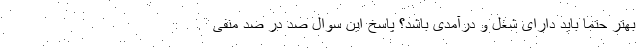
بهتر حتما باید دارای شغل و درآمدی باشد؟ پاسخ این سوال صد در صد منفی